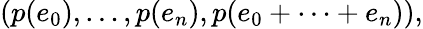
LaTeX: \left(p(e_{0}),\ldots,p(e_{n}),p(e_{0}+\dots+e_{n})\right),